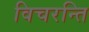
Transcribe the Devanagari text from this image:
विचरन्ति